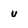
Character: u